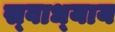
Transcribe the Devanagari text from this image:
स्‍वाध्‍याय